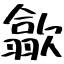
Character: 歙